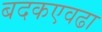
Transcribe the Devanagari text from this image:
बदकएवढा